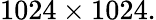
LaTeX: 1024\times 1024.